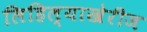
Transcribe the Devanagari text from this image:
लिहिल्याखेरीज